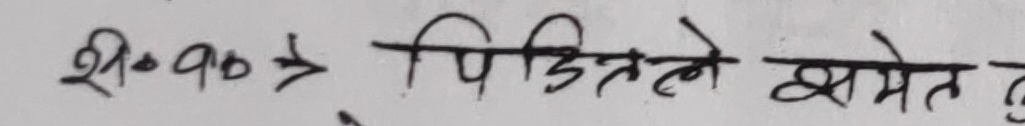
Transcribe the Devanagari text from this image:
श्री०-१0-५0 पिडितले क्षमते ?